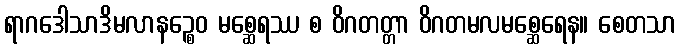
ရာဂဒေါသာဒိမလာနဉ္စေဝ မစ္ဆေရဿ စ ဝိဂတတ္တာ ဝိဂတမလမစ္ဆေရေန။ စေတသာ